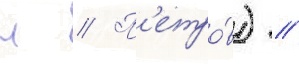
н // П'етро́в) //